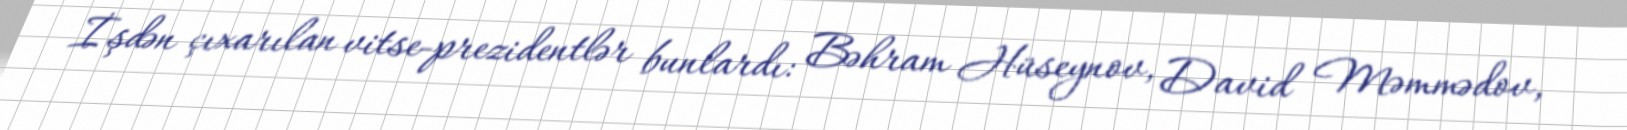
İşdən çıxarılan vitse-prezidentlər bunlardı: Bəhram Hüseynov, David Məmmədov,